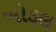
ખોડલ